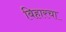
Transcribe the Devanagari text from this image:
बिहारचा